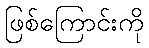
ဖြစ်ကြောင်းကို